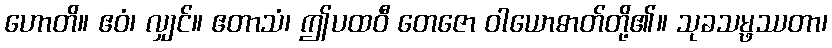
ဟောတိ။ ဧဝံ၊ လျှင်။ ဧတာသံ၊ ဤပထဝီ တေဇော ဝါယောဓာတ်တို့၏။ သုခသမ္ဖဿတာ၊